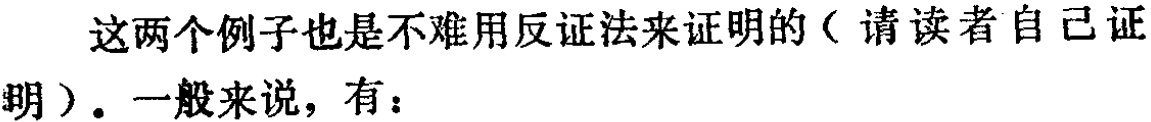
这两个例子也是不难用反证法来证明的（请读者自己证明）. 一般来说，有：